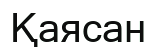
Қаясан